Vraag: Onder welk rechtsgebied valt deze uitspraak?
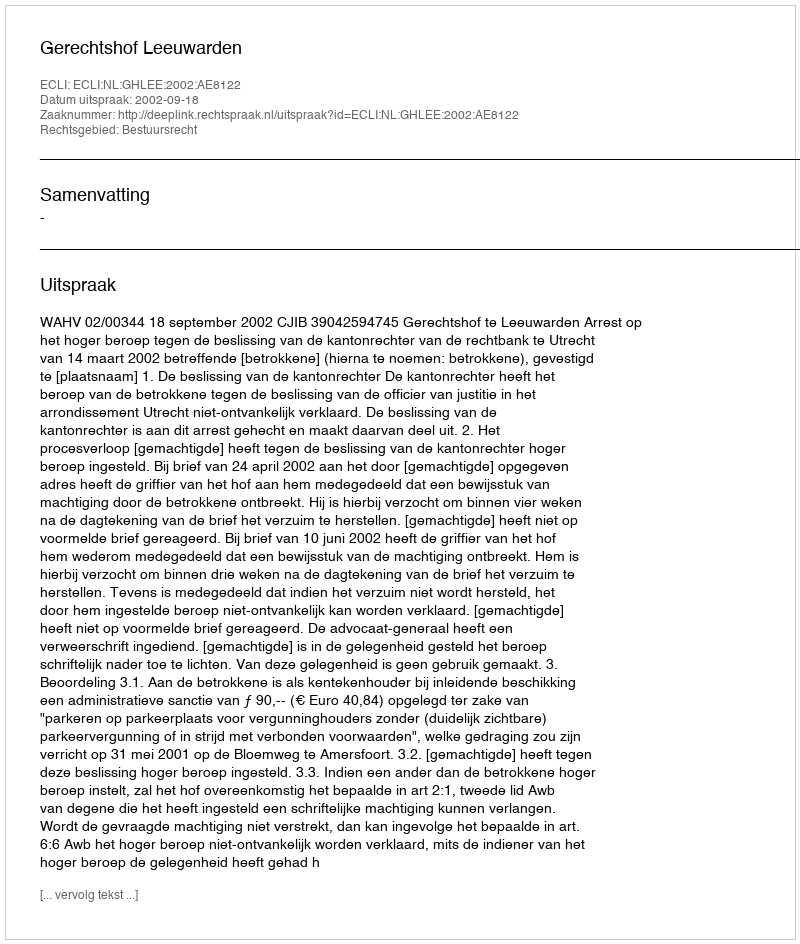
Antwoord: Bestuursrecht